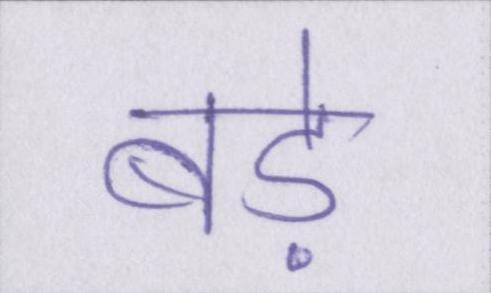
बड़े